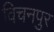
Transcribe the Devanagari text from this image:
विचनपुर